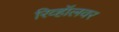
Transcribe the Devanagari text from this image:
रिव्हॉलवर